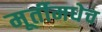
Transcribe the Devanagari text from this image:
मूर्तीमधेच